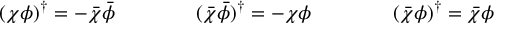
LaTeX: ( \chi \phi ) ^ { \dagger } = - \bar { \chi } \bar { \phi } \qquad \qquad ( \bar { \chi } \bar { \phi } ) ^ { \dagger } = - \chi \phi \qquad \qquad ( \bar { \chi } \phi ) ^ { \dagger } = \bar { \chi } \phi